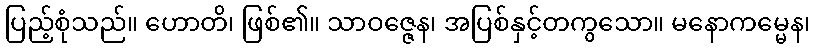
ပြည့်စုံသည်။ ဟောတိ၊ ဖြစ်၏။ သာဝဇ္ဇေန၊ အပြစ်နှင့်တကွသော။ မနောကမ္မေန၊